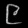
Digit: ၉